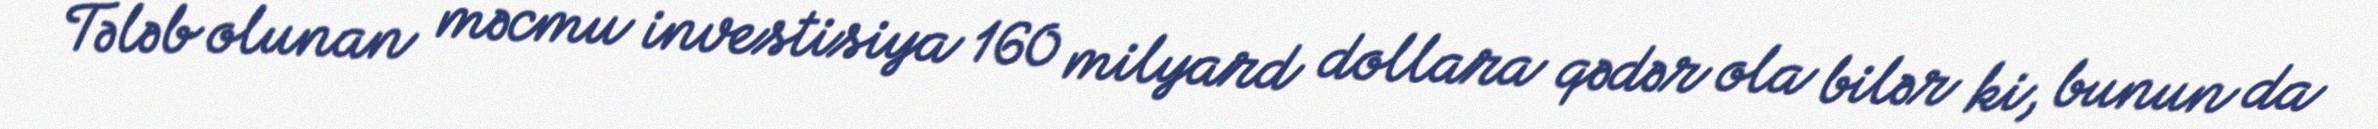
Tələb olunan məcmu investisiya 160 milyard dollara qədər ola bilər ki, bunun da